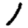
Digit: 1